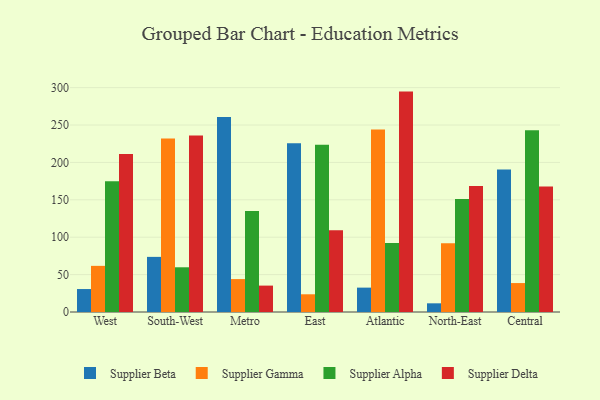
{"axis": {"x": "Region", "y": "Net Income (USD K)"}, "legend": ["Supplier Alpha", "Supplier Beta", "Supplier Delta", "Supplier Gamma"], "data": [{"x": "West", "y": 30.7, "type": "Supplier Beta"}, {"x": "West", "y": 61.7, "type": "Supplier Gamma"}, {"x": "West", "y": 174.9, "type": "Supplier Alpha"}, {"x": "West", "y": 211.1, "type": "Supplier Delta"}, {"x": "South-West", "y": 73.7, "type": "Supplier Beta"}, {"x": "South-West", "y": 232.1, "type": "Supplier Gamma"}, {"x": "South-West", "y": 59.8, "type": "Supplier Alpha"}, {"x": "South-West", "y": 235.9, "type": "Supplier Delta"}, {"x": "Metro", "y": 260.6, "type": "Supplier Beta"}, {"x": "Metro", "y": 44.0, "type": "Supplier Gamma"}, {"x": "Metro", "y": 135.1, "type": "Supplier Alpha"}, {"x": "Metro", "y": 35.3, "type": "Supplier Delta"}, {"x": "East", "y": 225.5, "type": "Supplier Beta"}, {"x": "East", "y": 23.7, "type": "Supplier Gamma"}, {"x": "East", "y": 223.6, "type": "Supplier Alpha"}, {"x": "East", "y": 109.2, "type": "Supplier Delta"}, {"x": "Atlantic", "y": 32.6, "type": "Supplier Beta"}, {"x": "Atlantic", "y": 244.1, "type": "Supplier Gamma"}, {"x": "Atlantic", "y": 92.3, "type": "Supplier Alpha"}, {"x": "Atlantic", "y": 294.7, "type": "Supplier Delta"}, {"x": "North-East", "y": 11.6, "type": "Supplier Beta"}, {"x": "North-East", "y": 91.9, "type": "Supplier Gamma"}, {"x": "North-East", "y": 151.2, "type": "Supplier Alpha"}, {"x": "North-East", "y": 168.4, "type": "Supplier Delta"}, {"x": "Central", "y": 190.4, "type": "Supplier Beta"}, {"x": "Central", "y": 38.7, "type": "Supplier Gamma"}, {"x": "Central", "y": 243.0, "type": "Supplier Alpha"}, {"x": "Central", "y": 167.9, "type": "Supplier Delta"}]}